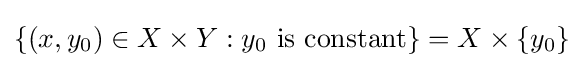
\{(x,y_{0})\in X\times Y:y_{0}{\text{ is constant}}\}=X\times \{y_{0}\}